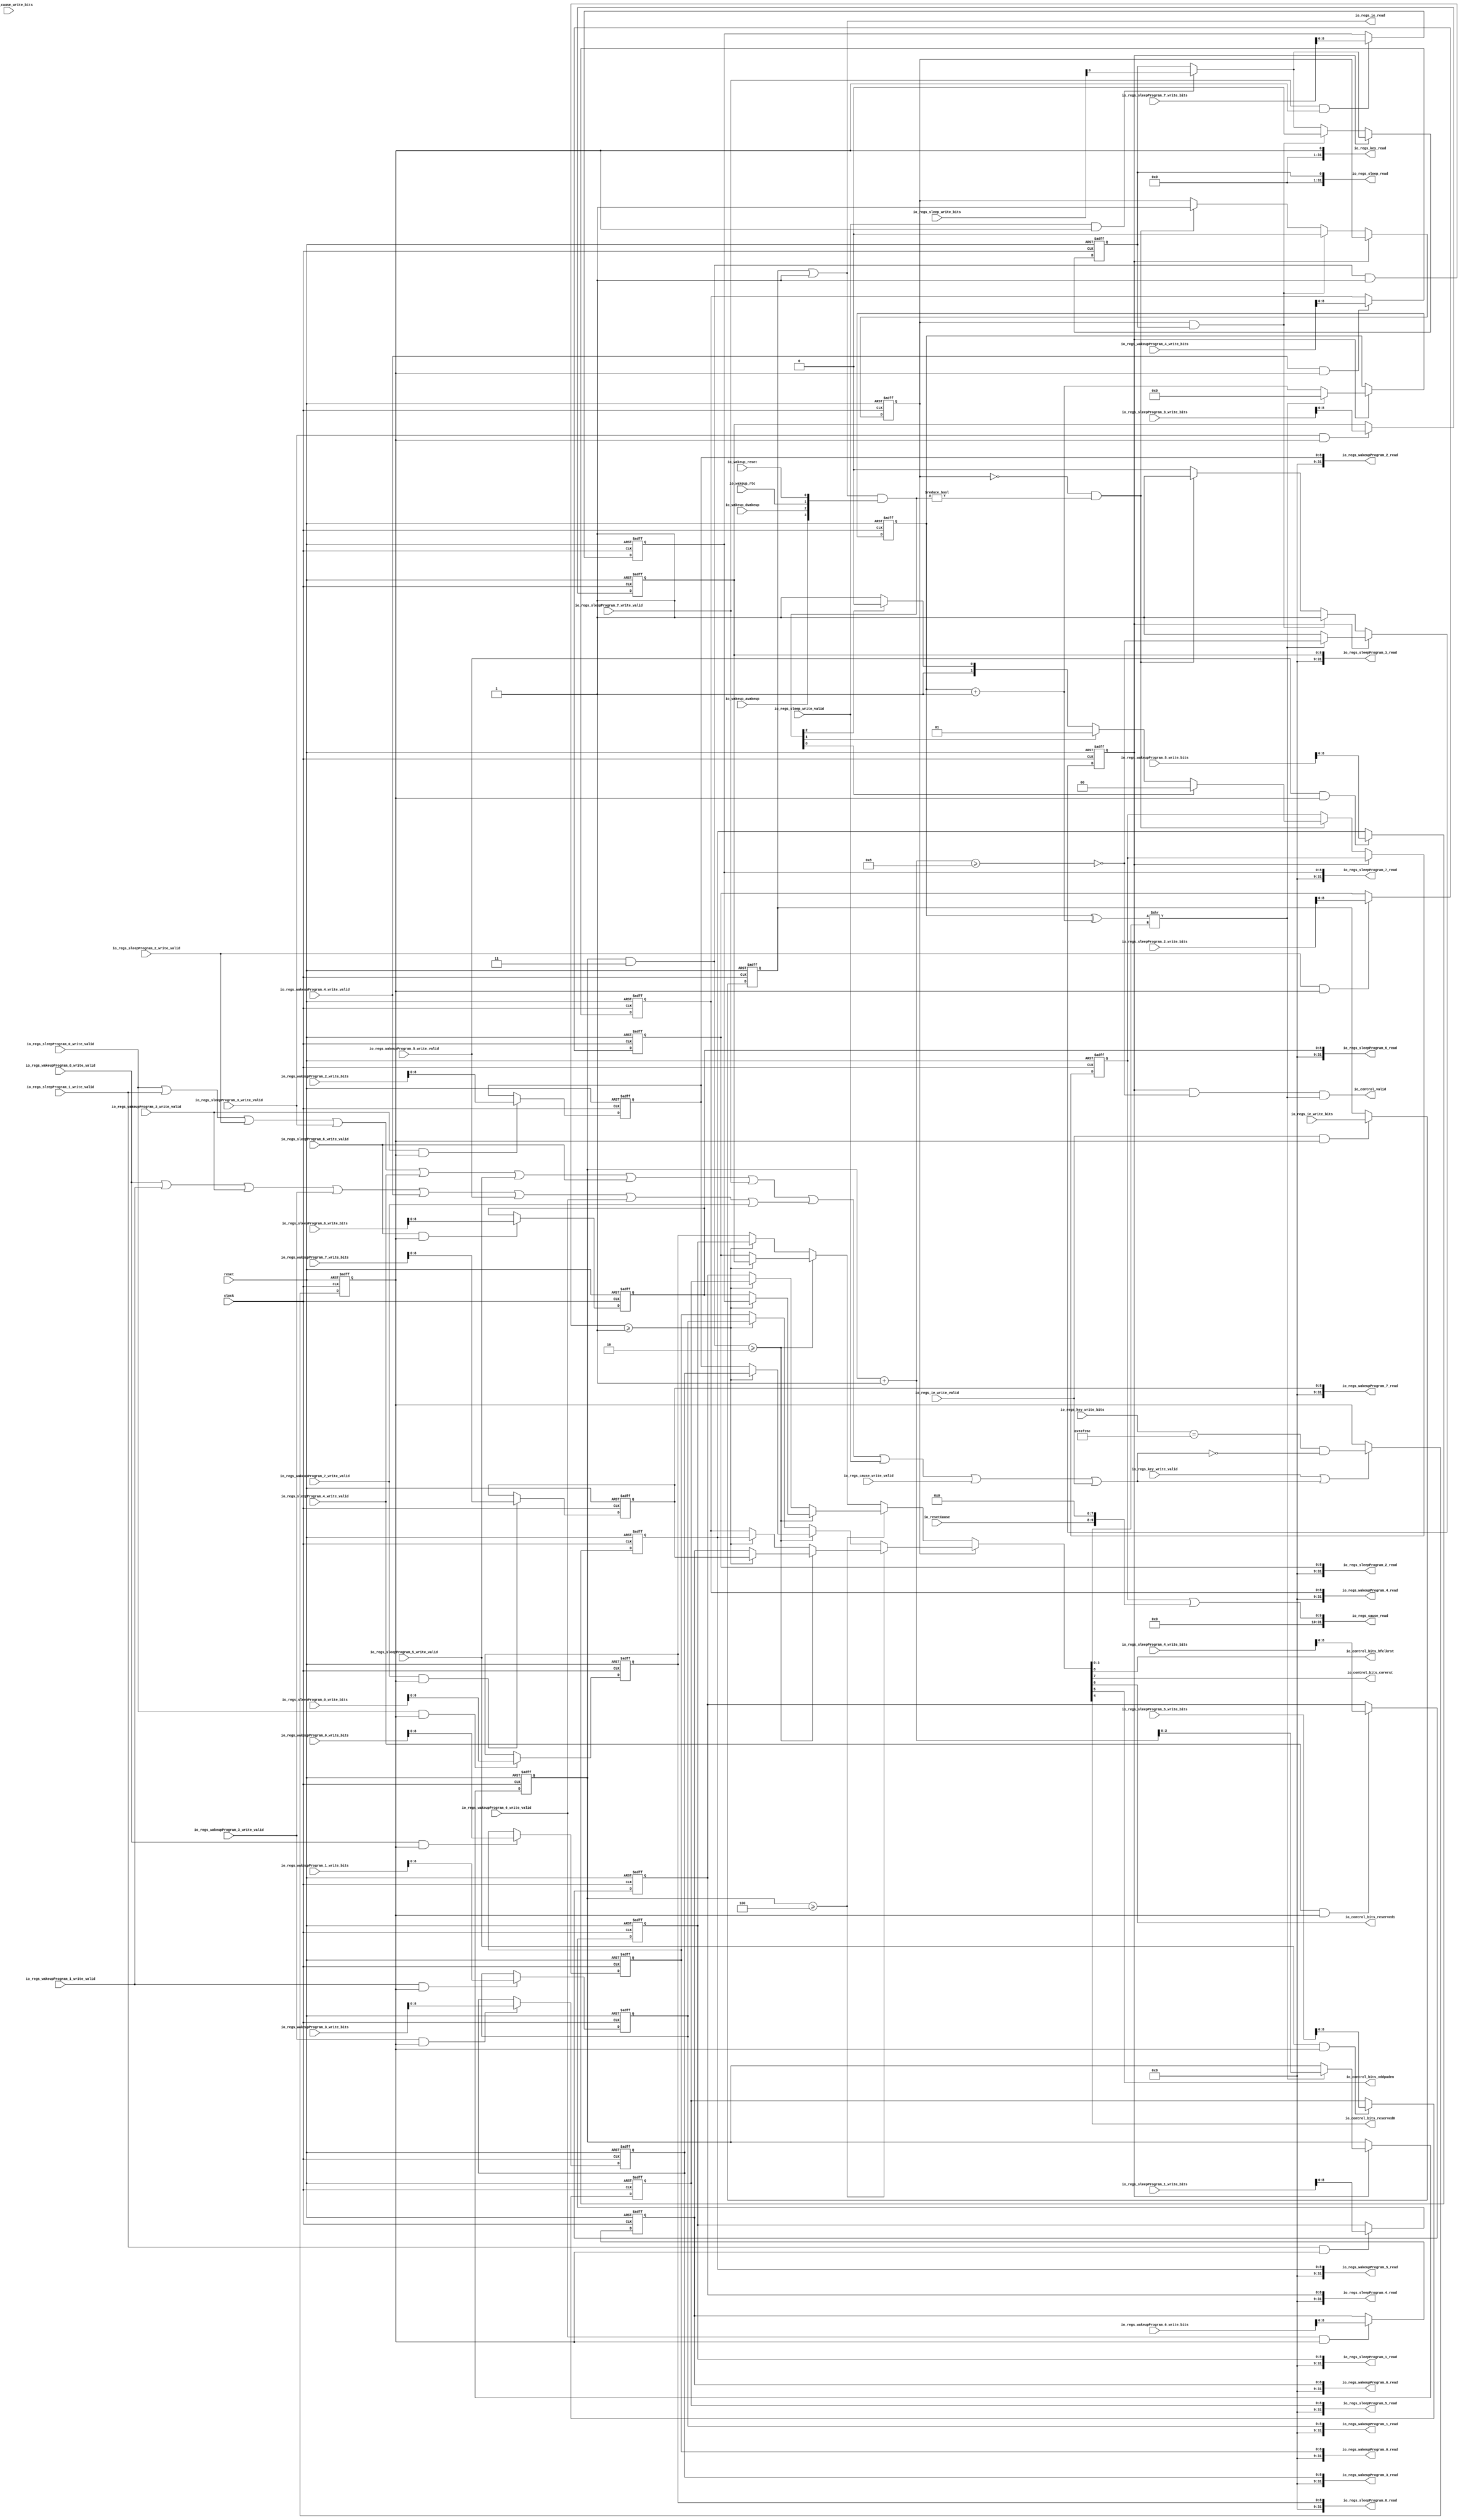
 /*                                                                      
 Copyright 2018-2020 Nuclei System Technology, Inc.                
                                                                         
 Licensed under the Apache License, Version 2.0 (the "License");         
 you may not use this file except in compliance with the License.        
 You may obtain a copy of the License at                                 
                                                                         
     http://www.apache.org/licenses/LICENSE-2.0                          
                                                                         
  Unless required by applicable law or agreed to in writing, software    
 distributed under the License is distributed on an "AS IS" BASIS,       
 WITHOUT WARRANTIES OR CONDITIONS OF ANY KIND, either express or implied.
 See the License for the specific language governing permissions and     
 limitations under the License.                                          
 */                                                                      
                                                                         
                                                                         
                                                                         

module sirv_pmu_core(
  input   clock,
  input   reset,
  input   io_wakeup_awakeup,
  input   io_wakeup_dwakeup,
  input   io_wakeup_rtc,
  input   io_wakeup_reset,
  output  io_control_valid,
  output  io_control_bits_hfclkrst,
  output  io_control_bits_corerst,
  output  io_control_bits_reserved1,
  output  io_control_bits_vddpaden,
  output  io_control_bits_reserved0,
  input  [1:0] io_resetCause,
  input   io_regs_ie_write_valid,
  input  [3:0] io_regs_ie_write_bits,
  output [3:0] io_regs_ie_read,
  input   io_regs_cause_write_valid,
  input  [31:0] io_regs_cause_write_bits,
  output [31:0] io_regs_cause_read,
  input   io_regs_sleep_write_valid,
  input  [31:0] io_regs_sleep_write_bits,
  output [31:0] io_regs_sleep_read,
  input   io_regs_key_write_valid,
  input  [31:0] io_regs_key_write_bits,
  output [31:0] io_regs_key_read,
  input   io_regs_wakeupProgram_0_write_valid,
  input  [31:0] io_regs_wakeupProgram_0_write_bits,
  output [31:0] io_regs_wakeupProgram_0_read,
  input   io_regs_wakeupProgram_1_write_valid,
  input  [31:0] io_regs_wakeupProgram_1_write_bits,
  output [31:0] io_regs_wakeupProgram_1_read,
  input   io_regs_wakeupProgram_2_write_valid,
  input  [31:0] io_regs_wakeupProgram_2_write_bits,
  output [31:0] io_regs_wakeupProgram_2_read,
  input   io_regs_wakeupProgram_3_write_valid,
  input  [31:0] io_regs_wakeupProgram_3_write_bits,
  output [31:0] io_regs_wakeupProgram_3_read,
  input   io_regs_wakeupProgram_4_write_valid,
  input  [31:0] io_regs_wakeupProgram_4_write_bits,
  output [31:0] io_regs_wakeupProgram_4_read,
  input   io_regs_wakeupProgram_5_write_valid,
  input  [31:0] io_regs_wakeupProgram_5_write_bits,
  output [31:0] io_regs_wakeupProgram_5_read,
  input   io_regs_wakeupProgram_6_write_valid,
  input  [31:0] io_regs_wakeupProgram_6_write_bits,
  output [31:0] io_regs_wakeupProgram_6_read,
  input   io_regs_wakeupProgram_7_write_valid,
  input  [31:0] io_regs_wakeupProgram_7_write_bits,
  output [31:0] io_regs_wakeupProgram_7_read,
  input   io_regs_sleepProgram_0_write_valid,
  input  [31:0] io_regs_sleepProgram_0_write_bits,
  output [31:0] io_regs_sleepProgram_0_read,
  input   io_regs_sleepProgram_1_write_valid,
  input  [31:0] io_regs_sleepProgram_1_write_bits,
  output [31:0] io_regs_sleepProgram_1_read,
  input   io_regs_sleepProgram_2_write_valid,
  input  [31:0] io_regs_sleepProgram_2_write_bits,
  output [31:0] io_regs_sleepProgram_2_read,
  input   io_regs_sleepProgram_3_write_valid,
  input  [31:0] io_regs_sleepProgram_3_write_bits,
  output [31:0] io_regs_sleepProgram_3_read,
  input   io_regs_sleepProgram_4_write_valid,
  input  [31:0] io_regs_sleepProgram_4_write_bits,
  output [31:0] io_regs_sleepProgram_4_read,
  input   io_regs_sleepProgram_5_write_valid,
  input  [31:0] io_regs_sleepProgram_5_write_bits,
  output [31:0] io_regs_sleepProgram_5_read,
  input   io_regs_sleepProgram_6_write_valid,
  input  [31:0] io_regs_sleepProgram_6_write_bits,
  output [31:0] io_regs_sleepProgram_6_read,
  input   io_regs_sleepProgram_7_write_valid,
  input  [31:0] io_regs_sleepProgram_7_write_bits,
  output [31:0] io_regs_sleepProgram_7_read
);

  reg  wantSleep;
  reg  run;
  reg [31:0] GEN_37;
  reg  awake;
  reg [31:0] GEN_38;
  wire  T_364;
  wire  T_365;
  wire  T_366;
  wire  T_367;
  wire  T_368;
  wire  T_369;
  wire  T_370;
  wire  T_371;
  wire  T_372;
  wire  T_373;
  wire  T_374;
  wire  T_375;
  wire  T_376;
  wire  T_377;
  wire  T_378;
  wire  T_379;
  wire  T_380;
  wire  T_381;
  wire  T_383;
  wire  T_385;
  wire  T_386;
  wire  T_388;
  reg  unlocked;
  reg [31:0] GEN_39;
  wire  GEN_0;
  wire  T_391;
  reg [31:0] GEN_40;
  wire  GEN_1;
  reg [2:0] pc;
  reg [31:0] GEN_41;
  reg [1:0] wakeupCause;
  reg [31:0] GEN_42;
  wire  T_394;
  reg [3:0] T_396;
  reg [31:0] GEN_43;
  wire [3:0] GEN_2;
  wire [3:0] ie;
  reg [8:0] wakeupProgram_0;
  reg [31:0] GEN_44;
  reg [8:0] wakeupProgram_1;
  reg [31:0] GEN_45;
  reg [8:0] wakeupProgram_2;
  reg [31:0] GEN_46;
  reg [8:0] wakeupProgram_3;
  reg [31:0] GEN_47;
  reg [8:0] wakeupProgram_4;
  reg [31:0] GEN_48;
  reg [8:0] wakeupProgram_5;
  reg [31:0] GEN_49;
  reg [8:0] wakeupProgram_6;
  reg [31:0] GEN_50;
  reg [8:0] wakeupProgram_7;
  reg [31:0] GEN_51;
  reg [8:0] sleepProgram_0;
  reg [31:0] GEN_52;
  reg [8:0] sleepProgram_1;
  reg [31:0] GEN_53;
  reg [8:0] sleepProgram_2;
  reg [31:0] GEN_54;
  reg [8:0] sleepProgram_3;
  reg [31:0] GEN_55;
  reg [8:0] sleepProgram_4;
  reg [31:0] GEN_56;
  reg [8:0] sleepProgram_5;
  reg [31:0] GEN_57;
  reg [8:0] sleepProgram_6;
  reg [31:0] GEN_58;
  reg [8:0] sleepProgram_7;
  reg [31:0] GEN_59;
  wire [2:0] T_423;
  wire  T_425;
  wire [2:0] T_427;
  wire  T_429;
  wire  T_433;
  wire [8:0] T_434;
  wire [8:0] T_439;
  wire [8:0] T_440;
  wire [8:0] T_449;
  wire [8:0] T_454;
  wire [8:0] T_455;
  wire [8:0] T_456;
  wire [8:0] T_469;
  wire [8:0] T_474;
  wire [8:0] T_475;
  wire [8:0] T_484;
  wire [8:0] T_489;
  wire [8:0] T_490;
  wire [8:0] T_491;
  wire [8:0] insnBits;
  wire  insn_sigs_hfclkrst;
  wire  insn_sigs_corerst;
  wire  insn_sigs_reserved1;
  wire  insn_sigs_vddpaden;
  wire  insn_sigs_reserved0;
  wire [3:0] insn_dt;
  wire [3:0] T_515;
  wire  T_516;
  wire  T_517;
  wire  T_518;
  wire  T_519;
  wire  T_520;
  reg [15:0] count;
  reg [31:0] GEN_60;
  wire [16:0] T_523;
  wire [15:0] T_524;
  wire [15:0] T_525;
  wire [15:0] T_526;
  wire  tick;
  wire [3:0] npc;
  wire  last;
  wire  T_530;
  wire  T_531;
  wire  T_532;
  wire [15:0] GEN_3;
  wire  GEN_4;
  wire [3:0] GEN_5;
  wire [15:0] GEN_6;
  wire  GEN_7;
  wire [3:0] GEN_8;
  wire  T_540;
  wire [1:0] T_541;
  wire [1:0] T_542;
  wire [3:0] T_543;
  wire [3:0] T_544;
  wire  T_546;
  wire  T_548;
  wire  T_549;
  wire  T_552;
  wire  T_553;
  wire  T_554;
  wire [1:0] T_560;
  wire [1:0] T_561;
  wire [1:0] T_562;
  wire  GEN_9;
  wire  GEN_10;
  wire [1:0] GEN_11;
  wire  T_563;
  wire  GEN_12;
  wire  GEN_13;
  wire  GEN_14;
  wire  GEN_15;
  wire  GEN_16;
  wire [1:0] GEN_17;
  wire  GEN_18;
  wire [9:0] GEN_35;
  wire [9:0] T_567;
  wire [9:0] GEN_36;
  wire [9:0] T_568;
  wire  T_570;
  wire [31:0] GEN_19;
  wire  T_571;
  wire [31:0] GEN_20;
  wire  T_572;
  wire [31:0] GEN_21;
  wire  T_573;
  wire [31:0] GEN_22;
  wire  T_574;
  wire [31:0] GEN_23;
  wire  T_575;
  wire [31:0] GEN_24;
  wire  T_576;
  wire [31:0] GEN_25;
  wire  T_577;
  wire [31:0] GEN_26;
  wire  T_578;
  wire [31:0] GEN_27;
  wire  T_579;
  wire [31:0] GEN_28;
  wire  T_580;
  wire [31:0] GEN_29;
  wire  T_581;
  wire [31:0] GEN_30;
  wire  T_582;
  wire [31:0] GEN_31;
  wire  T_583;
  wire [31:0] GEN_32;
  wire  T_584;
  wire [31:0] GEN_33;
  wire  T_585;
  wire [31:0] GEN_34;
  assign io_control_valid = T_532;
  assign io_control_bits_hfclkrst = insn_sigs_hfclkrst;
  assign io_control_bits_corerst = insn_sigs_corerst;
  assign io_control_bits_reserved1 = insn_sigs_reserved1;
  assign io_control_bits_vddpaden = insn_sigs_vddpaden;
  assign io_control_bits_reserved0 = insn_sigs_reserved0;
  assign io_regs_ie_read = ie;
  assign io_regs_cause_read = {{22'd0}, T_568};
  assign io_regs_sleep_read = {31'h0,wantSleep};
  assign io_regs_key_read = {{31'd0}, unlocked};
  assign io_regs_wakeupProgram_0_read = {{23'd0}, wakeupProgram_0};
  assign io_regs_wakeupProgram_1_read = {{23'd0}, wakeupProgram_1};
  assign io_regs_wakeupProgram_2_read = {{23'd0}, wakeupProgram_2};
  assign io_regs_wakeupProgram_3_read = {{23'd0}, wakeupProgram_3};
  assign io_regs_wakeupProgram_4_read = {{23'd0}, wakeupProgram_4};
  assign io_regs_wakeupProgram_5_read = {{23'd0}, wakeupProgram_5};
  assign io_regs_wakeupProgram_6_read = {{23'd0}, wakeupProgram_6};
  assign io_regs_wakeupProgram_7_read = {{23'd0}, wakeupProgram_7};
  assign io_regs_sleepProgram_0_read = {{23'd0}, sleepProgram_0};
  assign io_regs_sleepProgram_1_read = {{23'd0}, sleepProgram_1};
  assign io_regs_sleepProgram_2_read = {{23'd0}, sleepProgram_2};
  assign io_regs_sleepProgram_3_read = {{23'd0}, sleepProgram_3};
  assign io_regs_sleepProgram_4_read = {{23'd0}, sleepProgram_4};
  assign io_regs_sleepProgram_5_read = {{23'd0}, sleepProgram_5};
  assign io_regs_sleepProgram_6_read = {{23'd0}, sleepProgram_6};
  assign io_regs_sleepProgram_7_read = {{23'd0}, sleepProgram_7};
  assign T_364 = io_regs_sleepProgram_0_write_valid | io_regs_sleepProgram_1_write_valid;
  assign T_365 = T_364 | io_regs_sleepProgram_2_write_valid;
  assign T_366 = T_365 | io_regs_sleepProgram_3_write_valid;
  assign T_367 = T_366 | io_regs_sleepProgram_4_write_valid;
  assign T_368 = T_367 | io_regs_sleepProgram_5_write_valid;
  assign T_369 = T_368 | io_regs_sleepProgram_6_write_valid;
  assign T_370 = T_369 | io_regs_sleepProgram_7_write_valid;
  assign T_371 = io_regs_wakeupProgram_0_write_valid | io_regs_wakeupProgram_1_write_valid;
  assign T_372 = T_371 | io_regs_wakeupProgram_2_write_valid;
  assign T_373 = T_372 | io_regs_wakeupProgram_3_write_valid;
  assign T_374 = T_373 | io_regs_wakeupProgram_4_write_valid;
  assign T_375 = T_374 | io_regs_wakeupProgram_5_write_valid;
  assign T_376 = T_375 | io_regs_wakeupProgram_6_write_valid;
  assign T_377 = T_376 | io_regs_wakeupProgram_7_write_valid;
  assign T_378 = T_370 | T_377;
  assign T_379 = T_378 | io_regs_sleep_write_valid;
  assign T_380 = T_379 | io_regs_cause_write_valid;
  assign T_381 = T_380 | io_regs_ie_write_valid;
  assign T_383 = io_regs_key_write_bits == 32'h51f15e;
  assign T_385 = T_381 == 1'h0;
  assign T_386 = T_383 & T_385;
  assign T_388 = io_regs_key_write_valid | T_381;
  assign GEN_0 = T_388 ? T_386 : unlocked;
  assign T_391 = io_regs_sleep_write_valid & unlocked;
  assign GEN_1 = T_391 ? 1'h1 : wantSleep;
  assign T_394 = io_regs_ie_write_valid & unlocked;
  assign GEN_2 = T_394 ? io_regs_ie_write_bits : T_396;
  assign ie = T_396 | 4'h1;
  assign T_423 = pc & 3'h3;
  assign T_425 = pc >= 3'h4;
  assign T_427 = T_423 & 3'h1;
  assign T_429 = T_423 >= 3'h2;
  assign T_433 = T_427 >= 3'h1;
  assign T_434 = T_433 ? wakeupProgram_7 : wakeupProgram_6;
  assign T_439 = T_433 ? wakeupProgram_5 : wakeupProgram_4;
  assign T_440 = T_429 ? T_434 : T_439;
  assign T_449 = T_433 ? wakeupProgram_3 : wakeupProgram_2;
  assign T_454 = T_433 ? wakeupProgram_1 : wakeupProgram_0;
  assign T_455 = T_429 ? T_449 : T_454;
  assign T_456 = T_425 ? T_440 : T_455;
  assign T_469 = T_433 ? sleepProgram_7 : sleepProgram_6;
  assign T_474 = T_433 ? sleepProgram_5 : sleepProgram_4;
  assign T_475 = T_429 ? T_469 : T_474;
  assign T_484 = T_433 ? sleepProgram_3 : sleepProgram_2;
  assign T_489 = T_433 ? sleepProgram_1 : sleepProgram_0;
  assign T_490 = T_429 ? T_484 : T_489;
  assign T_491 = T_425 ? T_475 : T_490;
  assign insnBits = awake ? T_456 : T_491;
  assign insn_sigs_hfclkrst = T_520;
  assign insn_sigs_corerst = T_519;
  assign insn_sigs_reserved1 = T_518;
  assign insn_sigs_vddpaden = T_517;
  assign insn_sigs_reserved0 = T_516;
  assign insn_dt = T_515;
  assign T_515 = insnBits[3:0];
  assign T_516 = insnBits[4];
  assign T_517 = insnBits[5];
  assign T_518 = insnBits[6];
  assign T_519 = insnBits[7];
  assign T_520 = insnBits[8];
  assign T_523 = count + 16'h1;
  assign T_524 = T_523[15:0];
  assign T_525 = count ^ T_524;
  assign T_526 = T_525 >> insn_dt;
  assign tick = T_526[0];
  assign npc = pc + 3'h1;
  assign last = npc >= 4'h8;
  assign T_530 = last == 1'h0;
  assign T_531 = run & T_530;
  assign T_532 = T_531 & tick;
  assign GEN_3 = tick ? 16'h0 : T_524;
  assign GEN_4 = tick ? T_530 : run;
  assign GEN_5 = tick ? npc : {{1'd0}, pc};
  assign GEN_6 = run ? GEN_3 : count;
  assign GEN_7 = run ? GEN_4 : run;
  assign GEN_8 = run ? GEN_5 : {{1'd0}, pc};
  assign T_540 = run == 1'h0;
  assign T_541 = {io_wakeup_rtc,io_wakeup_reset};
  assign T_542 = {io_wakeup_awakeup,io_wakeup_dwakeup};
  assign T_543 = {T_542,T_541};
  assign T_544 = ie & T_543;
  assign T_546 = awake == 1'h0;
  assign T_548 = T_544 != 4'h0;
  assign T_549 = T_546 & T_548;
  assign T_552 = T_544[0];
  assign T_553 = T_544[1];
  assign T_554 = T_544[2];
  assign T_560 = T_554 ? 2'h2 : 2'h3;
  assign T_561 = T_553 ? 2'h1 : T_560;
  assign T_562 = T_552 ? 2'h0 : T_561;
  assign GEN_9 = T_549 ? 1'h1 : GEN_7;
  assign GEN_10 = T_549 ? 1'h1 : awake;
  assign GEN_11 = T_549 ? T_562 : wakeupCause;
  //Bob: here we introduce a core_wfi signal to make sure when the PMU is
  //     going to power down MOFF, the core is really idle (executed wfi)
  //assign T_563 = awake & wantSleep & core_wfi;
  assign T_563 = awake & wantSleep;// Current we dont add it
  assign GEN_12 = T_563 ? 1'h1 : GEN_9;
  assign GEN_13 = T_563 ? 1'h0 : GEN_10;
  assign GEN_14 = T_563 ? 1'h0 : GEN_1;
  assign GEN_15 = T_540 ? GEN_12 : GEN_7;
  assign GEN_16 = T_540 ? GEN_13 : awake;
  assign GEN_17 = T_540 ? GEN_11 : wakeupCause;
  assign GEN_18 = T_540 ? GEN_14 : GEN_1;
  assign GEN_35 = {{8'd0}, io_resetCause};
  assign T_567 = GEN_35 << 8;
  assign GEN_36 = {{8'd0}, wakeupCause};
  assign T_568 = GEN_36 | T_567;
  assign T_570 = io_regs_wakeupProgram_0_write_valid & unlocked;
  assign GEN_19 = T_570 ? io_regs_wakeupProgram_0_write_bits : {{23'd0}, wakeupProgram_0};
  assign T_571 = io_regs_wakeupProgram_1_write_valid & unlocked;
  assign GEN_20 = T_571 ? io_regs_wakeupProgram_1_write_bits : {{23'd0}, wakeupProgram_1};
  assign T_572 = io_regs_wakeupProgram_2_write_valid & unlocked;
  assign GEN_21 = T_572 ? io_regs_wakeupProgram_2_write_bits : {{23'd0}, wakeupProgram_2};
  assign T_573 = io_regs_wakeupProgram_3_write_valid & unlocked;
  assign GEN_22 = T_573 ? io_regs_wakeupProgram_3_write_bits : {{23'd0}, wakeupProgram_3};
  assign T_574 = io_regs_wakeupProgram_4_write_valid & unlocked;
  assign GEN_23 = T_574 ? io_regs_wakeupProgram_4_write_bits : {{23'd0}, wakeupProgram_4};
  assign T_575 = io_regs_wakeupProgram_5_write_valid & unlocked;
  assign GEN_24 = T_575 ? io_regs_wakeupProgram_5_write_bits : {{23'd0}, wakeupProgram_5};
  assign T_576 = io_regs_wakeupProgram_6_write_valid & unlocked;
  assign GEN_25 = T_576 ? io_regs_wakeupProgram_6_write_bits : {{23'd0}, wakeupProgram_6};
  assign T_577 = io_regs_wakeupProgram_7_write_valid & unlocked;
  assign GEN_26 = T_577 ? io_regs_wakeupProgram_7_write_bits : {{23'd0}, wakeupProgram_7};
  assign T_578 = io_regs_sleepProgram_0_write_valid & unlocked;
  assign GEN_27 = T_578 ? io_regs_sleepProgram_0_write_bits : {{23'd0}, sleepProgram_0};
  assign T_579 = io_regs_sleepProgram_1_write_valid & unlocked;
  assign GEN_28 = T_579 ? io_regs_sleepProgram_1_write_bits : {{23'd0}, sleepProgram_1};
  assign T_580 = io_regs_sleepProgram_2_write_valid & unlocked;
  assign GEN_29 = T_580 ? io_regs_sleepProgram_2_write_bits : {{23'd0}, sleepProgram_2};
  assign T_581 = io_regs_sleepProgram_3_write_valid & unlocked;
  assign GEN_30 = T_581 ? io_regs_sleepProgram_3_write_bits : {{23'd0}, sleepProgram_3};
  assign T_582 = io_regs_sleepProgram_4_write_valid & unlocked;
  assign GEN_31 = T_582 ? io_regs_sleepProgram_4_write_bits : {{23'd0}, sleepProgram_4};
  assign T_583 = io_regs_sleepProgram_5_write_valid & unlocked;
  assign GEN_32 = T_583 ? io_regs_sleepProgram_5_write_bits : {{23'd0}, sleepProgram_5};
  assign T_584 = io_regs_sleepProgram_6_write_valid & unlocked;
  assign GEN_33 = T_584 ? io_regs_sleepProgram_6_write_bits : {{23'd0}, sleepProgram_6};
  assign T_585 = io_regs_sleepProgram_7_write_valid & unlocked;
  assign GEN_34 = T_585 ? io_regs_sleepProgram_7_write_bits : {{23'd0}, sleepProgram_7};

  always @(posedge clock or posedge reset)
    if (reset) begin
      run <= 1'h1;
    end else begin
      if (T_540) begin
        if (T_563) begin
          run <= 1'h1;
        end else begin
          if (T_549) begin
            run <= 1'h1;
          end else begin
            if (run) begin
              if (tick) begin
                run <= T_530;
              end
            end
          end
        end
      end else begin
        if (run) begin
          if (tick) begin
            run <= T_530;
          end
        end
      end
    end

  always @(posedge clock or posedge reset)
    if (reset) begin
      awake <= 1'h1;
    end else begin
      if (T_540) begin
        if (T_563) begin
          awake <= 1'h0;
        end else begin
          if (T_549) begin
            awake <= 1'h1;
          end
        end
      end
    end

  always @(posedge clock or posedge reset)
    if (reset) begin
      unlocked <= 1'h0;
    end else begin
      if (T_388) begin
        unlocked <= T_386;
      end
    end

  always @(posedge clock or posedge reset)
    if (reset) begin
      wantSleep <= 1'h0;
    end else begin
      if (T_540) begin
        if (T_563) begin
          wantSleep <= 1'h0;
        end else begin
          if (T_391) begin
            wantSleep <= io_regs_sleep_write_bits[0];
          end
        end
      end else begin
        if (T_391) begin
          wantSleep <= io_regs_sleep_write_bits[0];
        end
      end
    end

  always @(posedge clock or posedge reset)
    if (reset) begin
      pc <= 3'h0;
    end else begin
      pc <= GEN_8[2:0];
    end

  always @(posedge clock or posedge reset)
    if (reset) begin
      wakeupCause <= 2'h0;
    end else begin
      if (T_540) begin
        if (T_549) begin
          if (T_552) begin
            wakeupCause <= 2'h0;
          end else begin
            if (T_553) begin
              wakeupCause <= 2'h1;
            end else begin
              if (T_554) begin
                wakeupCause <= 2'h2;
              end else begin
                wakeupCause <= 2'h3;
              end
            end
          end
        end
      end
    end

  always @(posedge clock or posedge reset)
    if (reset) begin
      T_396 <= 4'b0;
    end
    else if (T_394) begin
      T_396 <= io_regs_ie_write_bits;
    end

  always @(posedge clock or posedge reset)
    if (reset) begin
      wakeupProgram_0 <= 9'h1f0;
    end else begin
      wakeupProgram_0 <= GEN_19[8:0];
    end

  always @(posedge clock or posedge reset)
    if (reset) begin
      wakeupProgram_1 <= 9'hf8;
    end else begin
      wakeupProgram_1 <= GEN_20[8:0];
    end

  always @(posedge clock or posedge reset)
    if (reset) begin
      wakeupProgram_2 <= 9'h30;
    end else begin
      wakeupProgram_2 <= GEN_21[8:0];
    end

  always @(posedge clock or posedge reset)
    if (reset) begin
      wakeupProgram_3 <= 9'h30;
    end else begin
      wakeupProgram_3 <= GEN_22[8:0];
    end

  always @(posedge clock or posedge reset)
    if (reset) begin
      wakeupProgram_4 <= 9'h30;
    end else begin
      wakeupProgram_4 <= GEN_23[8:0];
    end

  always @(posedge clock or posedge reset)
    if (reset) begin
      wakeupProgram_5 <= 9'h30;
    end else begin
      wakeupProgram_5 <= GEN_24[8:0];
    end

  always @(posedge clock or posedge reset)
    if (reset) begin
      wakeupProgram_6 <= 9'h30;
    end else begin
      wakeupProgram_6 <= GEN_25[8:0];
    end

  always @(posedge clock or posedge reset)
    if (reset) begin
      wakeupProgram_7 <= 9'h30;
    end else begin
      wakeupProgram_7 <= GEN_26[8:0];
    end

  always @(posedge clock or posedge reset)
    if (reset) begin
      sleepProgram_0 <= 9'hf0;
    end else begin
      sleepProgram_0 <= GEN_27[8:0];
    end

  always @(posedge clock or posedge reset)
    if (reset) begin
      sleepProgram_1 <= 9'h1f0;
    end else begin
      sleepProgram_1 <= GEN_28[8:0];
    end

  always @(posedge clock or posedge reset)
    if (reset) begin
      sleepProgram_2 <= 9'h1d0;
    end else begin
      sleepProgram_2 <= GEN_29[8:0];
    end

  always @(posedge clock or posedge reset)
    if (reset) begin
      sleepProgram_3 <= 9'h1c0;
    end else begin
      sleepProgram_3 <= GEN_30[8:0];
    end

  always @(posedge clock or posedge reset)
    if (reset) begin
      sleepProgram_4 <= 9'h1c0;
    end else begin
      sleepProgram_4 <= GEN_31[8:0];
    end

  always @(posedge clock or posedge reset)
    if (reset) begin
      sleepProgram_5 <= 9'h1c0;
    end else begin
      sleepProgram_5 <= GEN_32[8:0];
    end

  always @(posedge clock or posedge reset)
    if (reset) begin
      sleepProgram_6 <= 9'h1c0;
    end else begin
      sleepProgram_6 <= GEN_33[8:0];
    end

  always @(posedge clock or posedge reset)
    if (reset) begin
      sleepProgram_7 <= 9'h1c0;
    end else begin
      sleepProgram_7 <= GEN_34[8:0];
    end

  always @(posedge clock or posedge reset)
    if (reset) begin
      count <= 16'h0;
    end else begin
      if (run) begin
        if (tick) begin
          count <= 16'h0;
        end else begin
          count <= T_524;
        end
      end
    end

endmodule